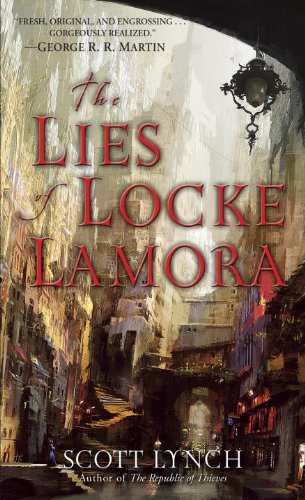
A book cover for The Lies of Locke Lamora (Gentleman Bastards); Scott Lynch; Science Fiction & Fantasy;